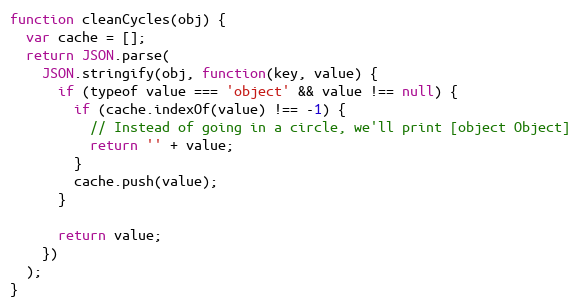
Language: JavaScript
function cleanCycles(obj) {
  var cache = [];
  return JSON.parse(
    JSON.stringify(obj, function(key, value) {
      if (typeof value === 'object' && value !== null) {
        if (cache.indexOf(value) !== -1) {
          // Instead of going in a circle, we'll print [object Object]
          return '' + value;
        }
        cache.push(value);
      }

      return value;
    })
  );
}